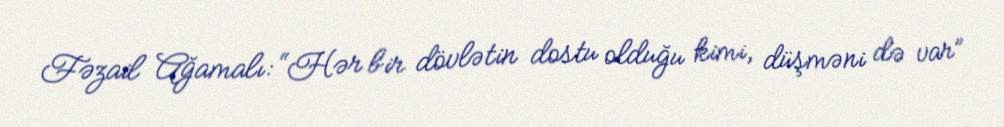
Fəzail Ağamalı: “Hər bir dövlətin dostu olduğu kimi, düşməni də var”